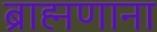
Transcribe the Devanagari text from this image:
ब्राह्मणाना